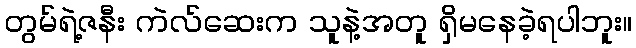
တွမ်ရဲ့ဇနီး ကဲလ်ဆေးက သူနဲ့အတူ ရှိမနေခဲ့ရပါဘူး။